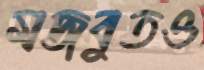
মজবুতও